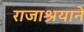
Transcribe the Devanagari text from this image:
राजाश्रयाने